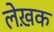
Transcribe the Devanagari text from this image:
लेख़क